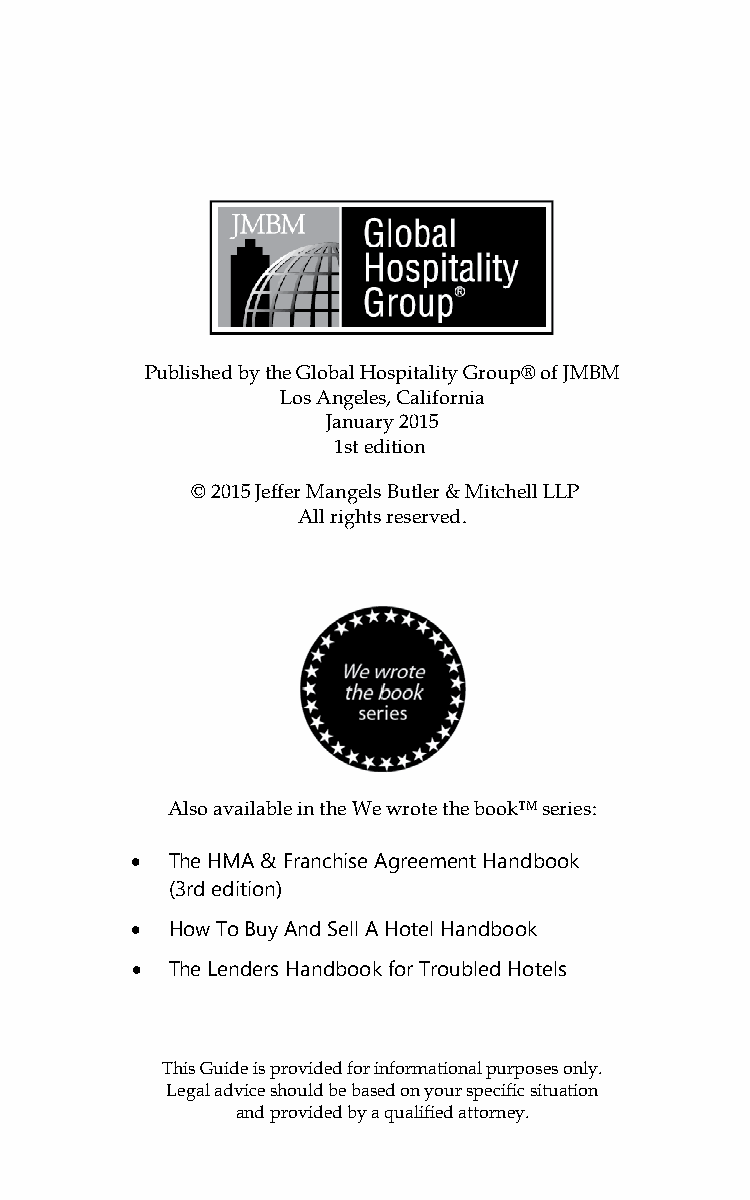
Published by the Global Hospitality Group® of JMBM
 Los Angeles, California
 January 2015
 1st edition
 © 2015 Jeffer Mangels Butler & Mitchell LLP
 All rights reserved.
 Also available in the We wrote the book™ series:
 • The HMA & Franchise Agreement Handbook
 (3rd edition)
 • How To Buy And Sell A Hotel Handbook
 • The Lenders Handbook for Troubled Hotels
 This Guide is provided for informational purposes only.
 Legal advice should be based on your specific situation
 and provided by a qualified attorney.